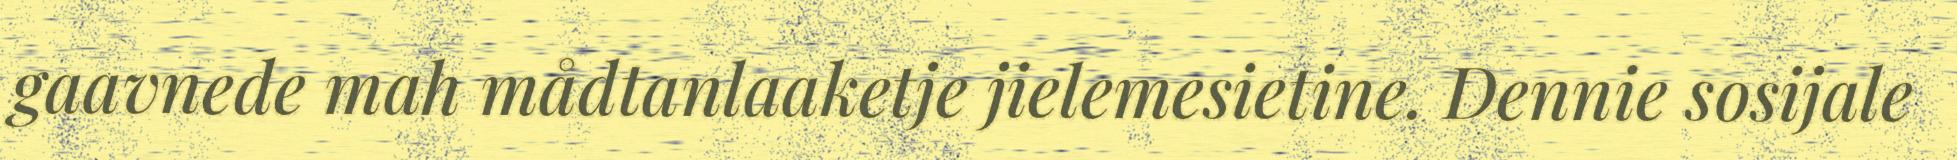
gaavnede mah mådtanlaaketje jielemesietine. Dennie sosijale